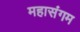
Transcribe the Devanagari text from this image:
महासंगम